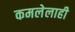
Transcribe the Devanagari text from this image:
कमलेलाही